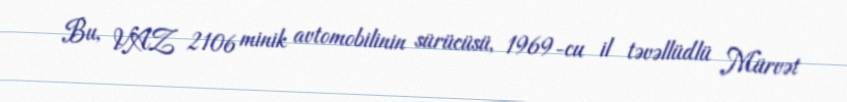
Bu, VAZ 2106 minik avtomobilinin sürücüsü, 1969-cu il təvəllüdlü Mürvət